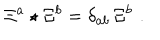
\Xi ^ { a } \star \Xi ^ { b } = \delta _ { a b } \, \Xi ^ { b } \, \, .